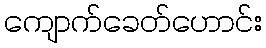
ကျောက်ခေတ်ဟောင်း